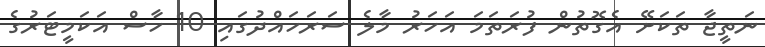
ނަތީޖާ ތަކަށޭ އެގޮތުން ފުރަތަމަ އަހަރު މާލެ ސަރަހައްދުގައި 10 ހާސް އަކަމީޓަރުގެ